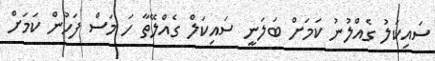
ސައިކަލު ގެއްލުނު ކަމަށް ބަލަނީ ސައިކަލް ގެއްލޭތާ ހަ މަސް ފަހުން ކަަމަށް